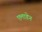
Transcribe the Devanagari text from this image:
एलाडेन